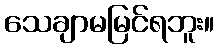
သေချာမမြင်ရဘူး။